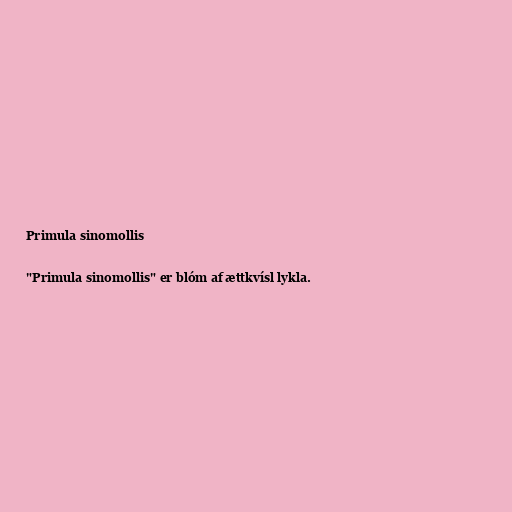
Primula sinomollis

"Primula sinomollis" er blóm af ættkvísl lykla.